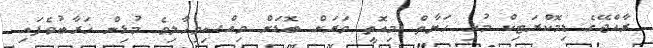
ރާއްޖޭގެ ޑިމޮކްރަޓިކް މުޅި ހަޔާތް މިއޮތީ ވަރަށް ބޮޑަށް ވިއްސިވިހާލިވެ މުޅިން ޚަރާބުވެފައި